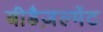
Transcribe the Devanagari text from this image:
बीडैज़ल्मेंट